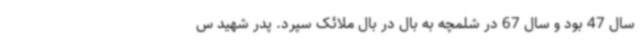
سال 47 بود و سال 67 در شلمچه به بال در بال ملائک سپرد. پدر شهید س